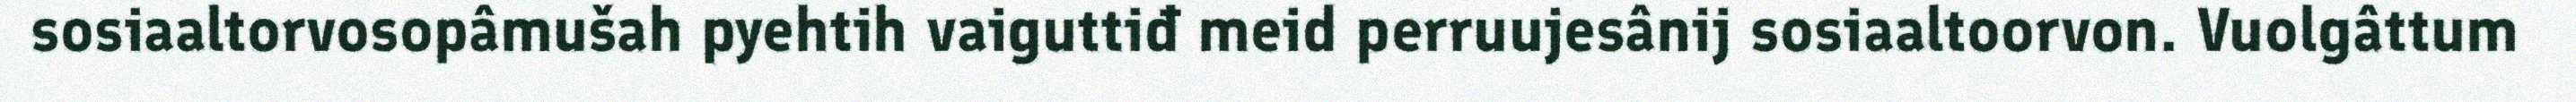
sosiaaltorvosopâmušah pyehtih vaiguttiđ meid perruujesânij sosiaaltoorvon. Vuolgâttum